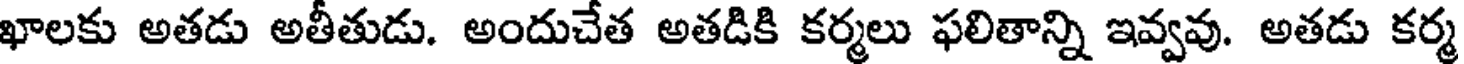
ఖాలకు అతడు అతీతుడు. అందుచేత అతడికి కర్మలు ఫలితాన్ని ఇవ్వవు. అతడు కర్మ